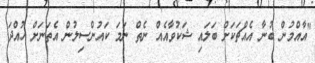
"އާއްމުން ބުނާ އެއްޗަކަށް ބަލައި ޝަކުވާއެއް ނެތް ނަމަ ކައުންސިލުން އެތަނަށް ހުއްދަ